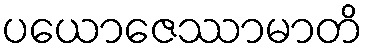
ပယောဇေဿာမာတိ